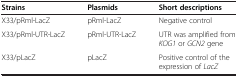
| Strains | Plasmids | Short descriptions |
 | --- | --- | --- |
 | X33/pRml-LacZ | pRml-LacZ | Negative control |
 | X33/pRml-UTR-LacZ | pRml-UTR-LacZ | UTR was amplified from KOG1 or GCN2 gene |
 | X33/pLacZ | pLacZ | Positive control of the expression of LacZ |